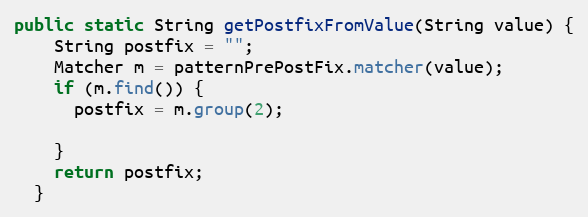
Language: Java
public static String getPostfixFromValue(String value) {
    String postfix = "";
    Matcher m = patternPrePostFix.matcher(value);
    if (m.find()) {
      postfix = m.group(2);

    }
    return postfix;
  }